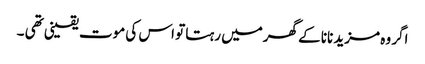
اگر وہ مزید نانا کے گھرمیں رہتا تو اس کی موت یقینی تھی ۔